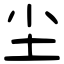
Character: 尘